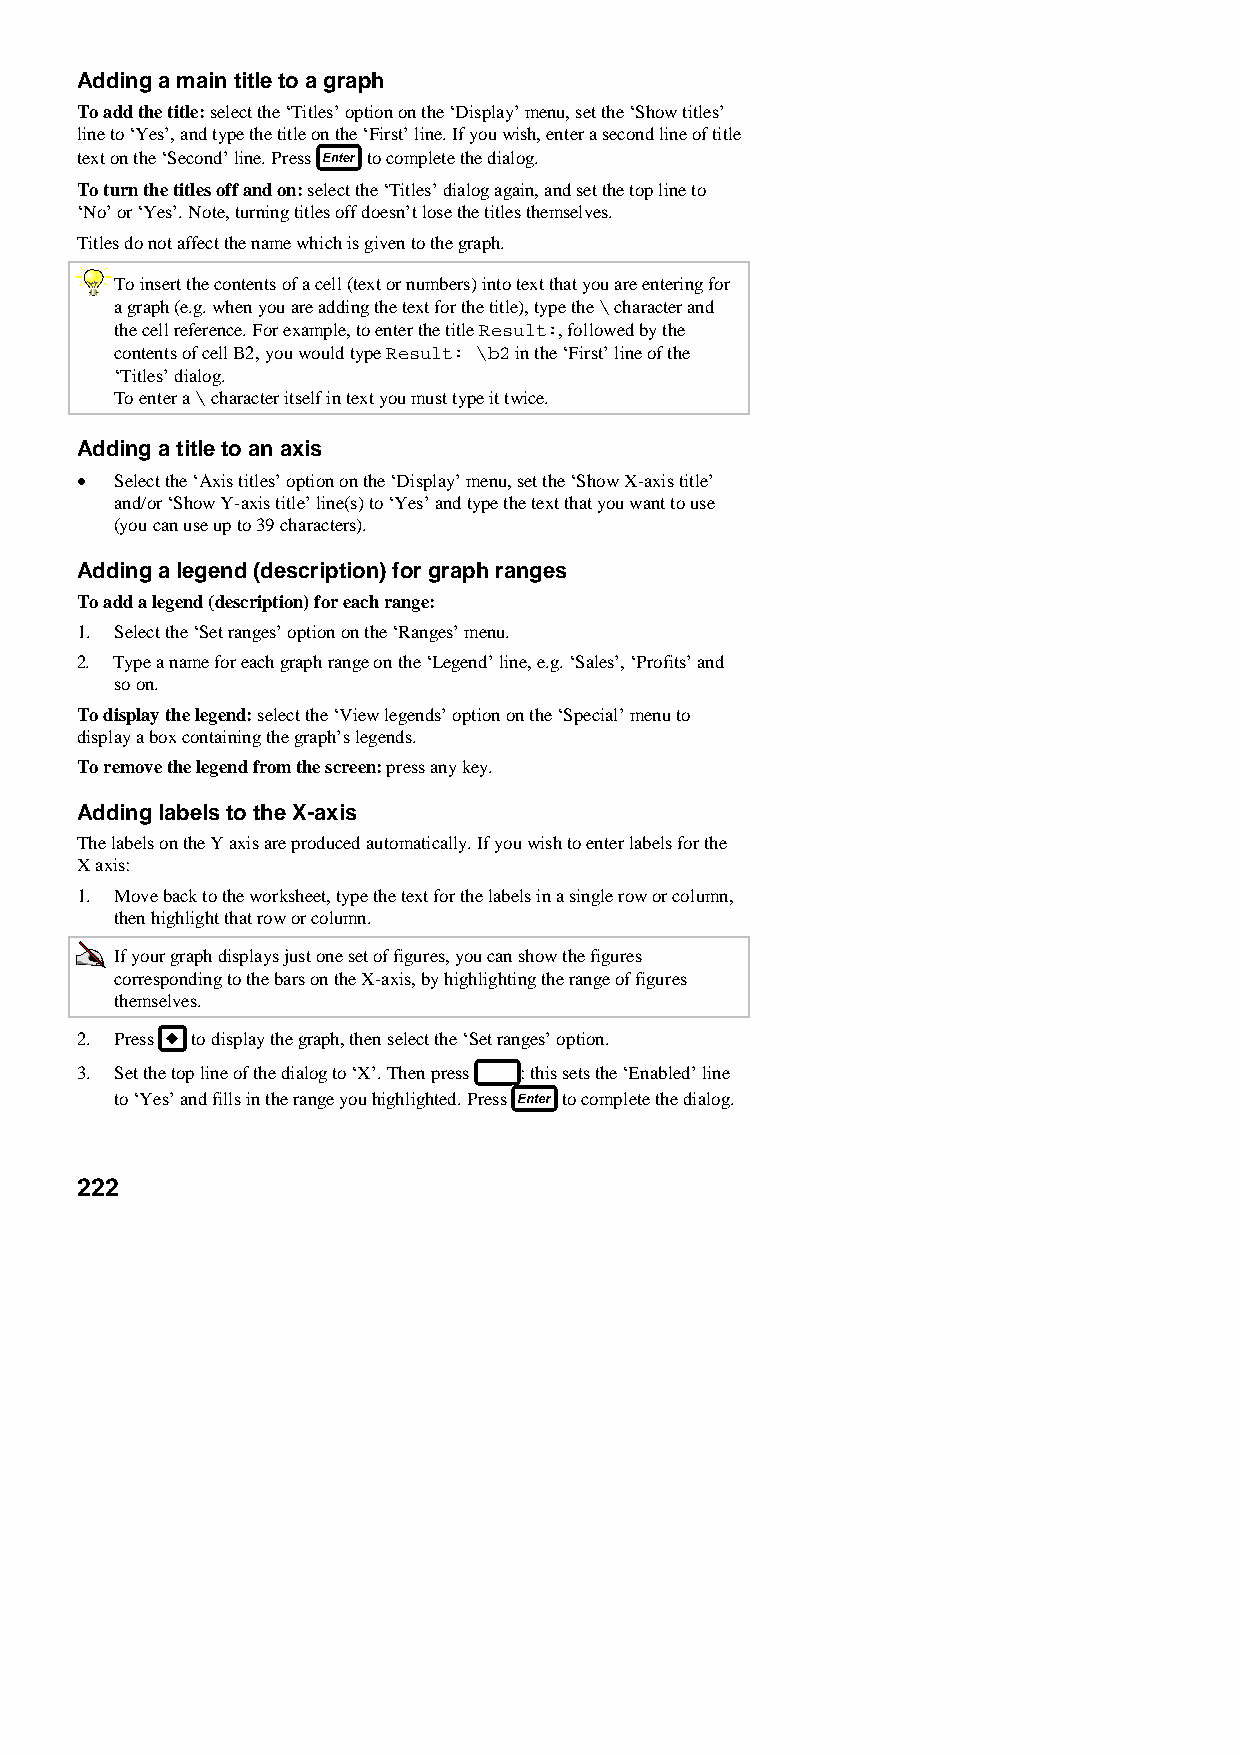
Adding a main title to a graph
 To add the title: select the ‘Titles’ option on the ‘Display’ menu, set the ‘Show titles’
 line to ‘Yes’, and type the title on the ‘First’ line. If you wish, enter a second line of title
 text on the ‘Second’ line. Press to complete the dialog.
 To turn the titles off and on: select the ‘Titles’ dialog again, and set the top line to
 ‘No’ or ‘Yes’. Note, turning titles off doesn’t lose the titles themselves.
 Titles do not affect the name which is given to the graph.
 To insert the contents of a cell (text or numbers) into text that you are entering for
 a graph (e.g. when you are adding the text for the title), type the \ character and
 the cell reference. For example, to enter the title Result:, followed by the
 contents of cell B2, you would type Result: \b2 in the ‘First’ line of the
 ‘Titles’ dialog.
 To enter a \ character itself in text you must type it twice.
 Adding a title to an axis
 •  Select the ‘Axis titles’ option on the ‘Display’ menu, set the ‘Show X-axis title’
 and/or ‘Show Y-axis title’ line(s) to ‘Yes’ and type the text that you want to use
 (you can use up to 39 characters).
 Adding a legend (description) for graph ranges
 To add a legend (description) for each range:
 1. Select the ‘Set ranges’ option on the ‘Ranges’ menu.
 2. Type a name for each graph range on the ‘Legend’ line, e.g. ‘Sales’, ‘Profits’ and
 so on.
 To display the legend: select the ‘View legends’ option on the ‘Special’ menu to
 display a box containing the graph’s legends.
 To remove the legend from the screen: press any key.
 Adding labels to the X-axis
 The labels on the Y axis are produced automatically. If you wish to enter labels for the
 X axis:
 1. Move back to the worksheet, type the text for the labels in a single row or column,
 then highlight that row or column.
 If your graph displays just one set of figures, you can show the figures
 corresponding to the bars on the X-axis, by highlighting the range of figures
 themselves.
 2. Press to display the graph, then select the ‘Set ranges’ option.
 3. Set the top line of the dialog to ‘X’. Then press : this sets the ‘Enabled’ line
 to ‘Yes’ and fills in the range you highlighted. Press to complete the dialog.
 222